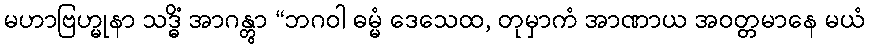
မဟာဗြဟ္မုနာ သဒ္ဓိံ အာဂန္တွာ “ဘဂဝါ ဓမ္မံ ဒေသေထ, တုမှာကံ အာဏာယ အဝတ္တမာနေ မယံ